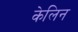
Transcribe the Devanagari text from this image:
केलिन